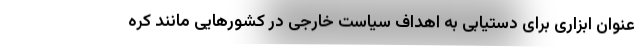
عنوان ابزاری برای دستیابی به اهداف سیاست خارجی در کشورهایی مانند کره